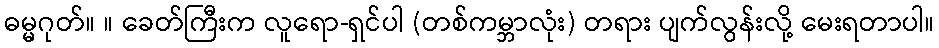
ဓမ္မဂုတ်။ ။ ခေတ်ကြီးက လူရော-ရှင်ပါ (တစ်ကမ္ဘာလုံး) တရား ပျက်လွန်းလို့ မေးရတာပါ။